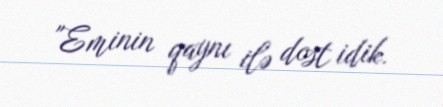
"Eminin qaynı ilə dost idik.